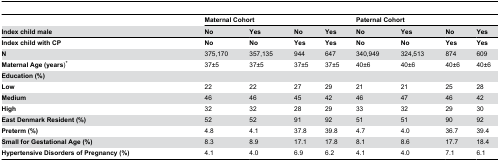
<table><thead><tr><td></td><td colspan="4"><b>Maternal Cohort</b></td><td colspan="4"><b>Paternal Cohort</b></td></tr><tr><td><b>Index child male</b></td><td><b>No</b></td><td><b>Yes</b></td><td><b>No</b></td><td><b>Yes</b></td><td><b>No</b></td><td><b>Yes</b></td><td><b>No</b></td><td><b>Yes</b></td></tr></thead><tbody><tr><td><b>Index child with CP</b></td><td><b>No</b></td><td><b>No</b></td><td><b>Yes</b></td><td><b>Yes</b></td><td><b>No</b></td><td><b>No</b></td><td><b>Yes</b></td><td><b>Yes</b></td></tr><tr><td><b>N</b></td><td>375,170</td><td>357,135</td><td>944</td><td>647</td><td>340,949</td><td>324,513</td><td>874</td><td>609</td></tr><tr><td><b>Maternal Age (years</b>)*</td><td>37±5</td><td>37±5</td><td>37±5</td><td>37±5</td><td>40±6</td><td>40±6</td><td>40±6</td><td>40±6</td></tr><tr><td><b>Education (%)</b></td><td></td><td></td><td></td><td></td><td></td><td></td><td></td><td></td></tr><tr><td><b>Low</b></td><td>22</td><td>22</td><td>27</td><td>29</td><td>21</td><td>21</td><td>25</td><td>28</td></tr><tr><td><b>Medium</b></td><td>46</td><td>46</td><td>45</td><td>42</td><td>46</td><td>47</td><td>46</td><td>42</td></tr><tr><td><b>High</b></td><td>32</td><td>32</td><td>28</td><td>29</td><td>33</td><td>32</td><td>29</td><td>30</td></tr><tr><td><b>East Denmark Resident (%)</b></td><td>52</td><td>52</td><td>91</td><td>92</td><td>51</td><td>51</td><td>90</td><td>92</td></tr><tr><td><b>Preterm (%)</b></td><td>4.8</td><td>4.1</td><td>37.8</td><td>39.8</td><td>4.7</td><td>4.0</td><td>36.7</td><td>39.4</td></tr><tr><td><b>Small for Gestational Age (%)</b></td><td>8.3</td><td>8.9</td><td>17.1</td><td>17.8</td><td>8.1</td><td>8.6</td><td>17.7</td><td>18.4</td></tr><tr><td><b>Hypertensive Disorders of Pregnancy (%)</b></td><td>4.1</td><td>4.0</td><td>6.9</td><td>6.2</td><td>4.1</td><td>4.0</td><td>7.1</td><td>6.1</td></tr></tbody></table>